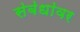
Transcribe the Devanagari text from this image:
स॓ब॓धा॓वर